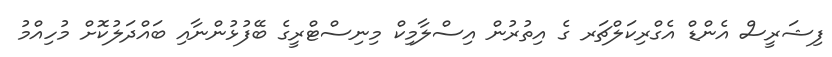
ފިޝަރީސް އެންޑް އެގްރިކަލްޗަރ ގެ އިތުރުން އިސްލާމިކް މިނިސްޓްރީގެ ބޭފުޅުންނާއި ބައްދަލުކޮށް މުހިއްމު